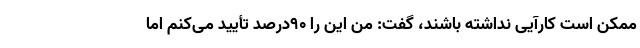
ممکن است کارآیی نداشته باشند، گفت: من این را 90درصد تأیید می‌کنم اما